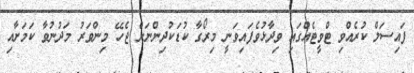
ފައިސަލް ކުރެއްވި ޓްވީޓެއްގައި ވިދާޅުވެފައިވަނީ މިރޯގާ ކުޑަކުދިންނަށް ޖެހޭ މިންވަރު މަދުނުވާ ކަމަށާއި